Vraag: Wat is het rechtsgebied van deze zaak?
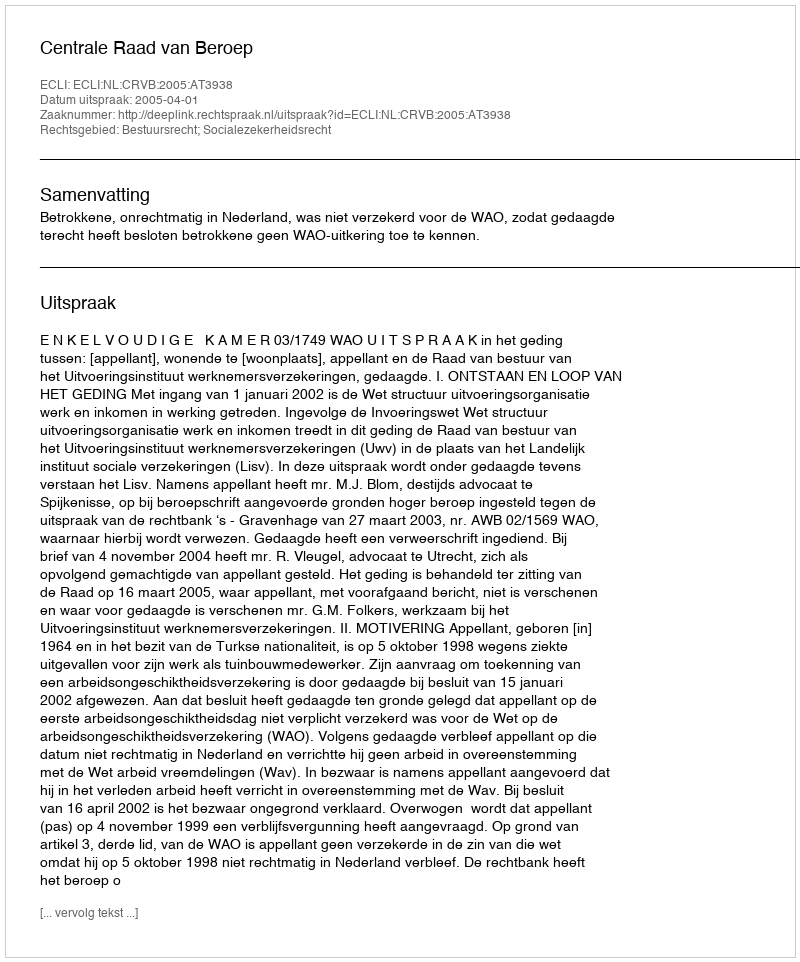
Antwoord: Bestuursrecht; Socialezekerheidsrecht